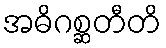
အဓိဂစ္ဆတီတိ